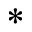
^ { * }